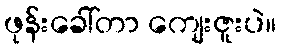
ဖုန်းခေါ်တာ ကျေးဇူးပဲ။